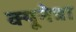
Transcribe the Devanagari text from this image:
क्यूनेत्रा